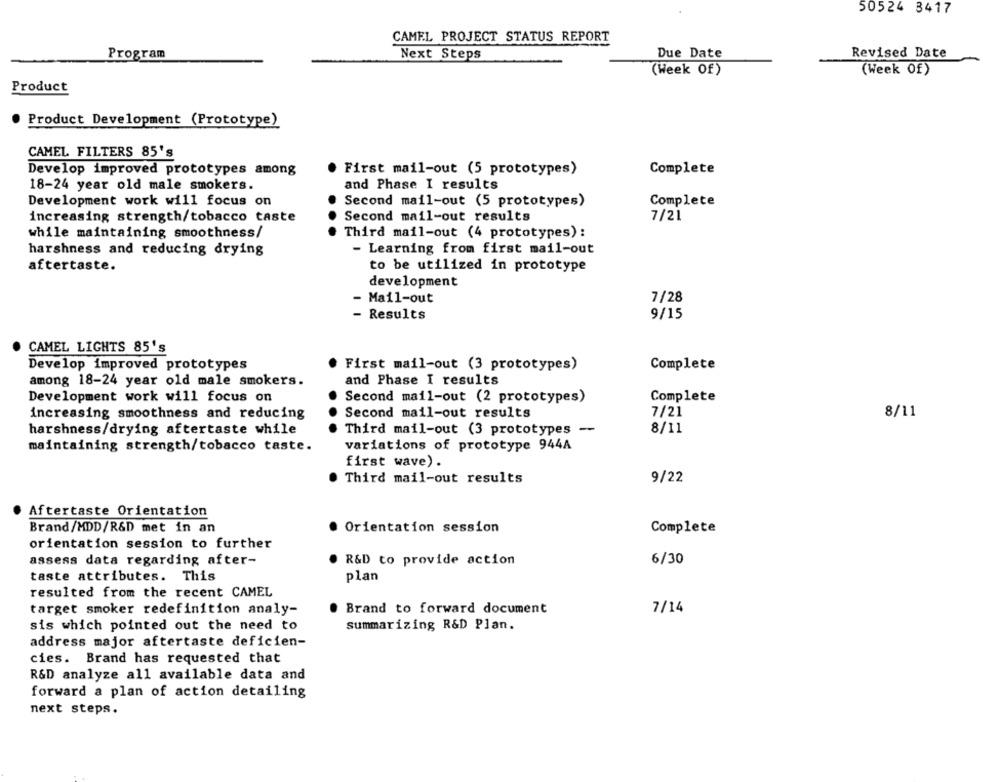
50524 3417
CAMEL PROJECT STATUS REPORT
Program
Due Date
Revised Date
Next Steps
(Week Of)
(Week Of)
Product
Product Development (Prototype)
CAMEL FILTERS 85's
Develop improved prototypes among
First mail-out (5 prototypes)
Complete
18-24 year old male smokers.
and Phase I results
Development work will focus on
Second mail-out (5 prototypes)
Complete
increasing strength/tobacco taste
Second mail-out results
7/21
while maintaining smoothness/
Third mail-out (4 prototypes) :
- Learning from first mail-out
harshness and reducing drying
to be utilized in prototype
aftertaste.
development
- Mail-out
7/28
- Results
9/15
CAMEL LIGHTS 85's
Develop improved prototypes
First mail-out (3 prototypes)
Complete
among 18-24 year old male smokers.
and Phase I results
Development work will focus on
Second mail-out (2 prototypes)
Complete
increasing smoothness and reducing
Second mail-out results
7/21
8/11
harshness/drying aftertaste while
Third mail-out (3 prototypes -
8/11
maintaining strength/tobacco taste.
variations of prototype 944A
first wave).
Third mail-out results
9/22
Aftertaste Orientation
Brand/MDD/R&D met in an
Orientation session
Complete
orientation session to further
assess data regarding after-
. R&D to provide action
6/30
taste attributes. This
plan
resulted from the recent CAMEL
target smoker redefinition analy-
Brand to forward document
7/14
sis which pointed out the need to
summarizing R&D Plan.
address major aftertaste deficien-
cies. Brand has requested that
R&D analyze all available data and
forward a plan of action detailing
next steps.